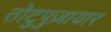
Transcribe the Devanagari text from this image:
तोटुपुज़ायार